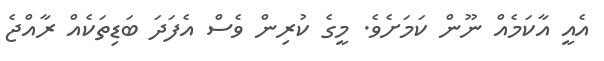
އެއީ އާކަމެއް ނޫން ކަމަށެވެ. މީގެ ކުރިން ވެސް އެފަދަ ބަޑިތަކެއް ރާއްޖެ